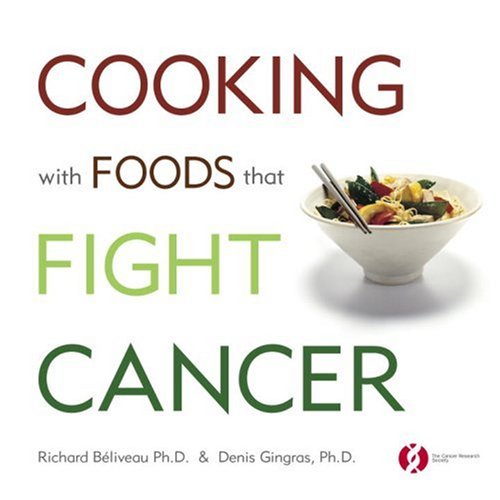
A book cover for Cooking with Foods That Fight Cancer; Richard BÃ©liveau; Cookbooks, Food & Wine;